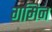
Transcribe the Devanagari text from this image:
गमिन